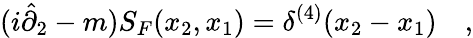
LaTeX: (i\hat{\partial}_{2}-m)S_{F}(x_{2},x_{1})=\delta^{(4)}(x_{2}-x_{1})\quad,